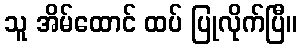
သူ အိမ်ထောင် ထပ် ပြုလိုက်ပြီ။